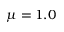
\mu = 1 . 0